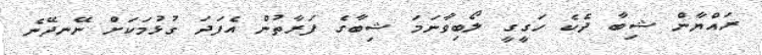
ރައްޔާން ޝިބާ ދެކެ ހަގީގީ ލޯބިވާނަމަ ޝިބާގެ ފަރާތުން އެފަދަ ގުޅުމަކަށް ނޭނދޭނެ